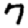
Digit: 7